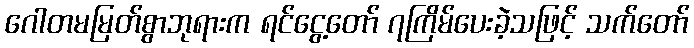
ဂေါတမမြတ်စွာဘုရားက ရင်ငွေ့တော် ၇ကြိမ်ပေးခဲ့သဖြင့် သက်တော်